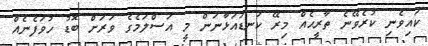
ކައިވެނި ކުރެވޭނެ ތާރީޙެއް މިރޭ ކަނޑައަޅާނަން މީ އަސްލަމެގެ ވަރަށް ބޮޑު ހުވަފެނެއް